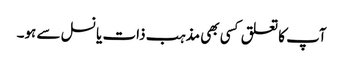
آپ کا تعلق کسی بھی مذہب ذات یا نسل سے ہو۔